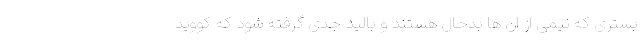
بستری که نیمی از ان ها بدحال هستند و بالید جدی گرفته شود که کووید